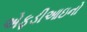
એફડીઆઇનો